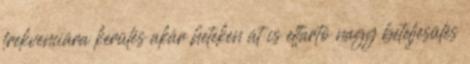
frekvenciára kerülés akár heteken át is eltartó nagy beteljesülés